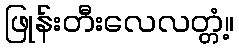
ဖြုန်းတီးလေလတ္တံ့။